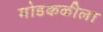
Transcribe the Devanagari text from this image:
मोडकळीला